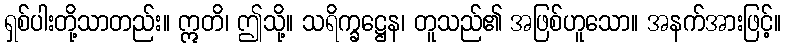
ရှစ်ပါးတို့သာတည်း။ ဣတိ၊ ဤသို့။ သရိက္ခဋ္ဌေန၊ တူသည်၏ အဖြစ်ဟူသော။ အနက်အားဖြင့်။